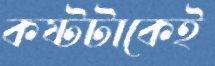
কষ্টটাকেই